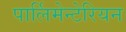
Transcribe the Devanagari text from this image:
पार्लिमेन्टेरियन